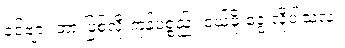
ခင်ဗျား ဘာ ဖြစ်လို့ ကုန်ပစ္စည်း ဝယ်ဖို့ ငွေ လိုပါသလဲ။